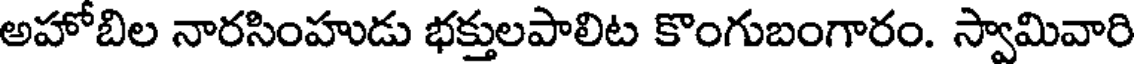
అహోబిల నారసింహుడు భక్తులపాలిట కొంగుబంగారం. స్వామివారి